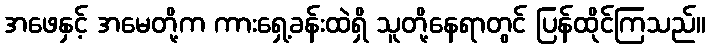
အဖေနှင့် အမေတို့က ကားရှေ့ခန်းထဲရှိ သူတို့နေရာတွင် ပြန်ထိုင်ကြသည်။